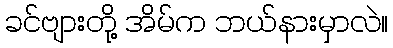
ခင်ဗျားတို့ အိမ်က ဘယ်နားမှာလဲ။